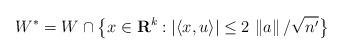
LaTeX: \begin{align*}W^*=W\cap\big\{{x}\in {\mathbf R}^k:\left|\langle{x},u\rangle\right|\le2\,\left\|a\right\|/\sqrt{n'}\big\} \end{align*}